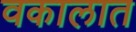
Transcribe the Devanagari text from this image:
वकालात